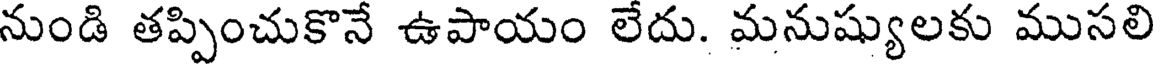
నుండి తప్పించుకొనే ఉపాయం లేదు. మనుష్యులకు ముసలి